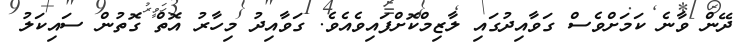
ދޭން ވާނެ ކަމަށްވެސް ގަވާއިދުގައި ލާޒިމްކޮށްފައިވެއެވެ. ގަވާއިދު މިހާރު އޮތް ގޮތުން ސައިކަލު